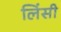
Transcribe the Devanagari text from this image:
लिंसी